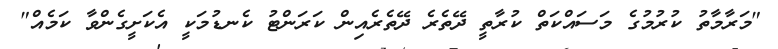
"މަރާމާތު ކުރުމުގެ މަސައްކަތް ކުރާތީ ދޭތެރެ ދޭތެރެއިން ކަރަންޓު ކެނޑުމަކީ އެކަށީގެންވާ ކަމެއް"